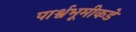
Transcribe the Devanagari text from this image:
पार्श्वभूमीकडे